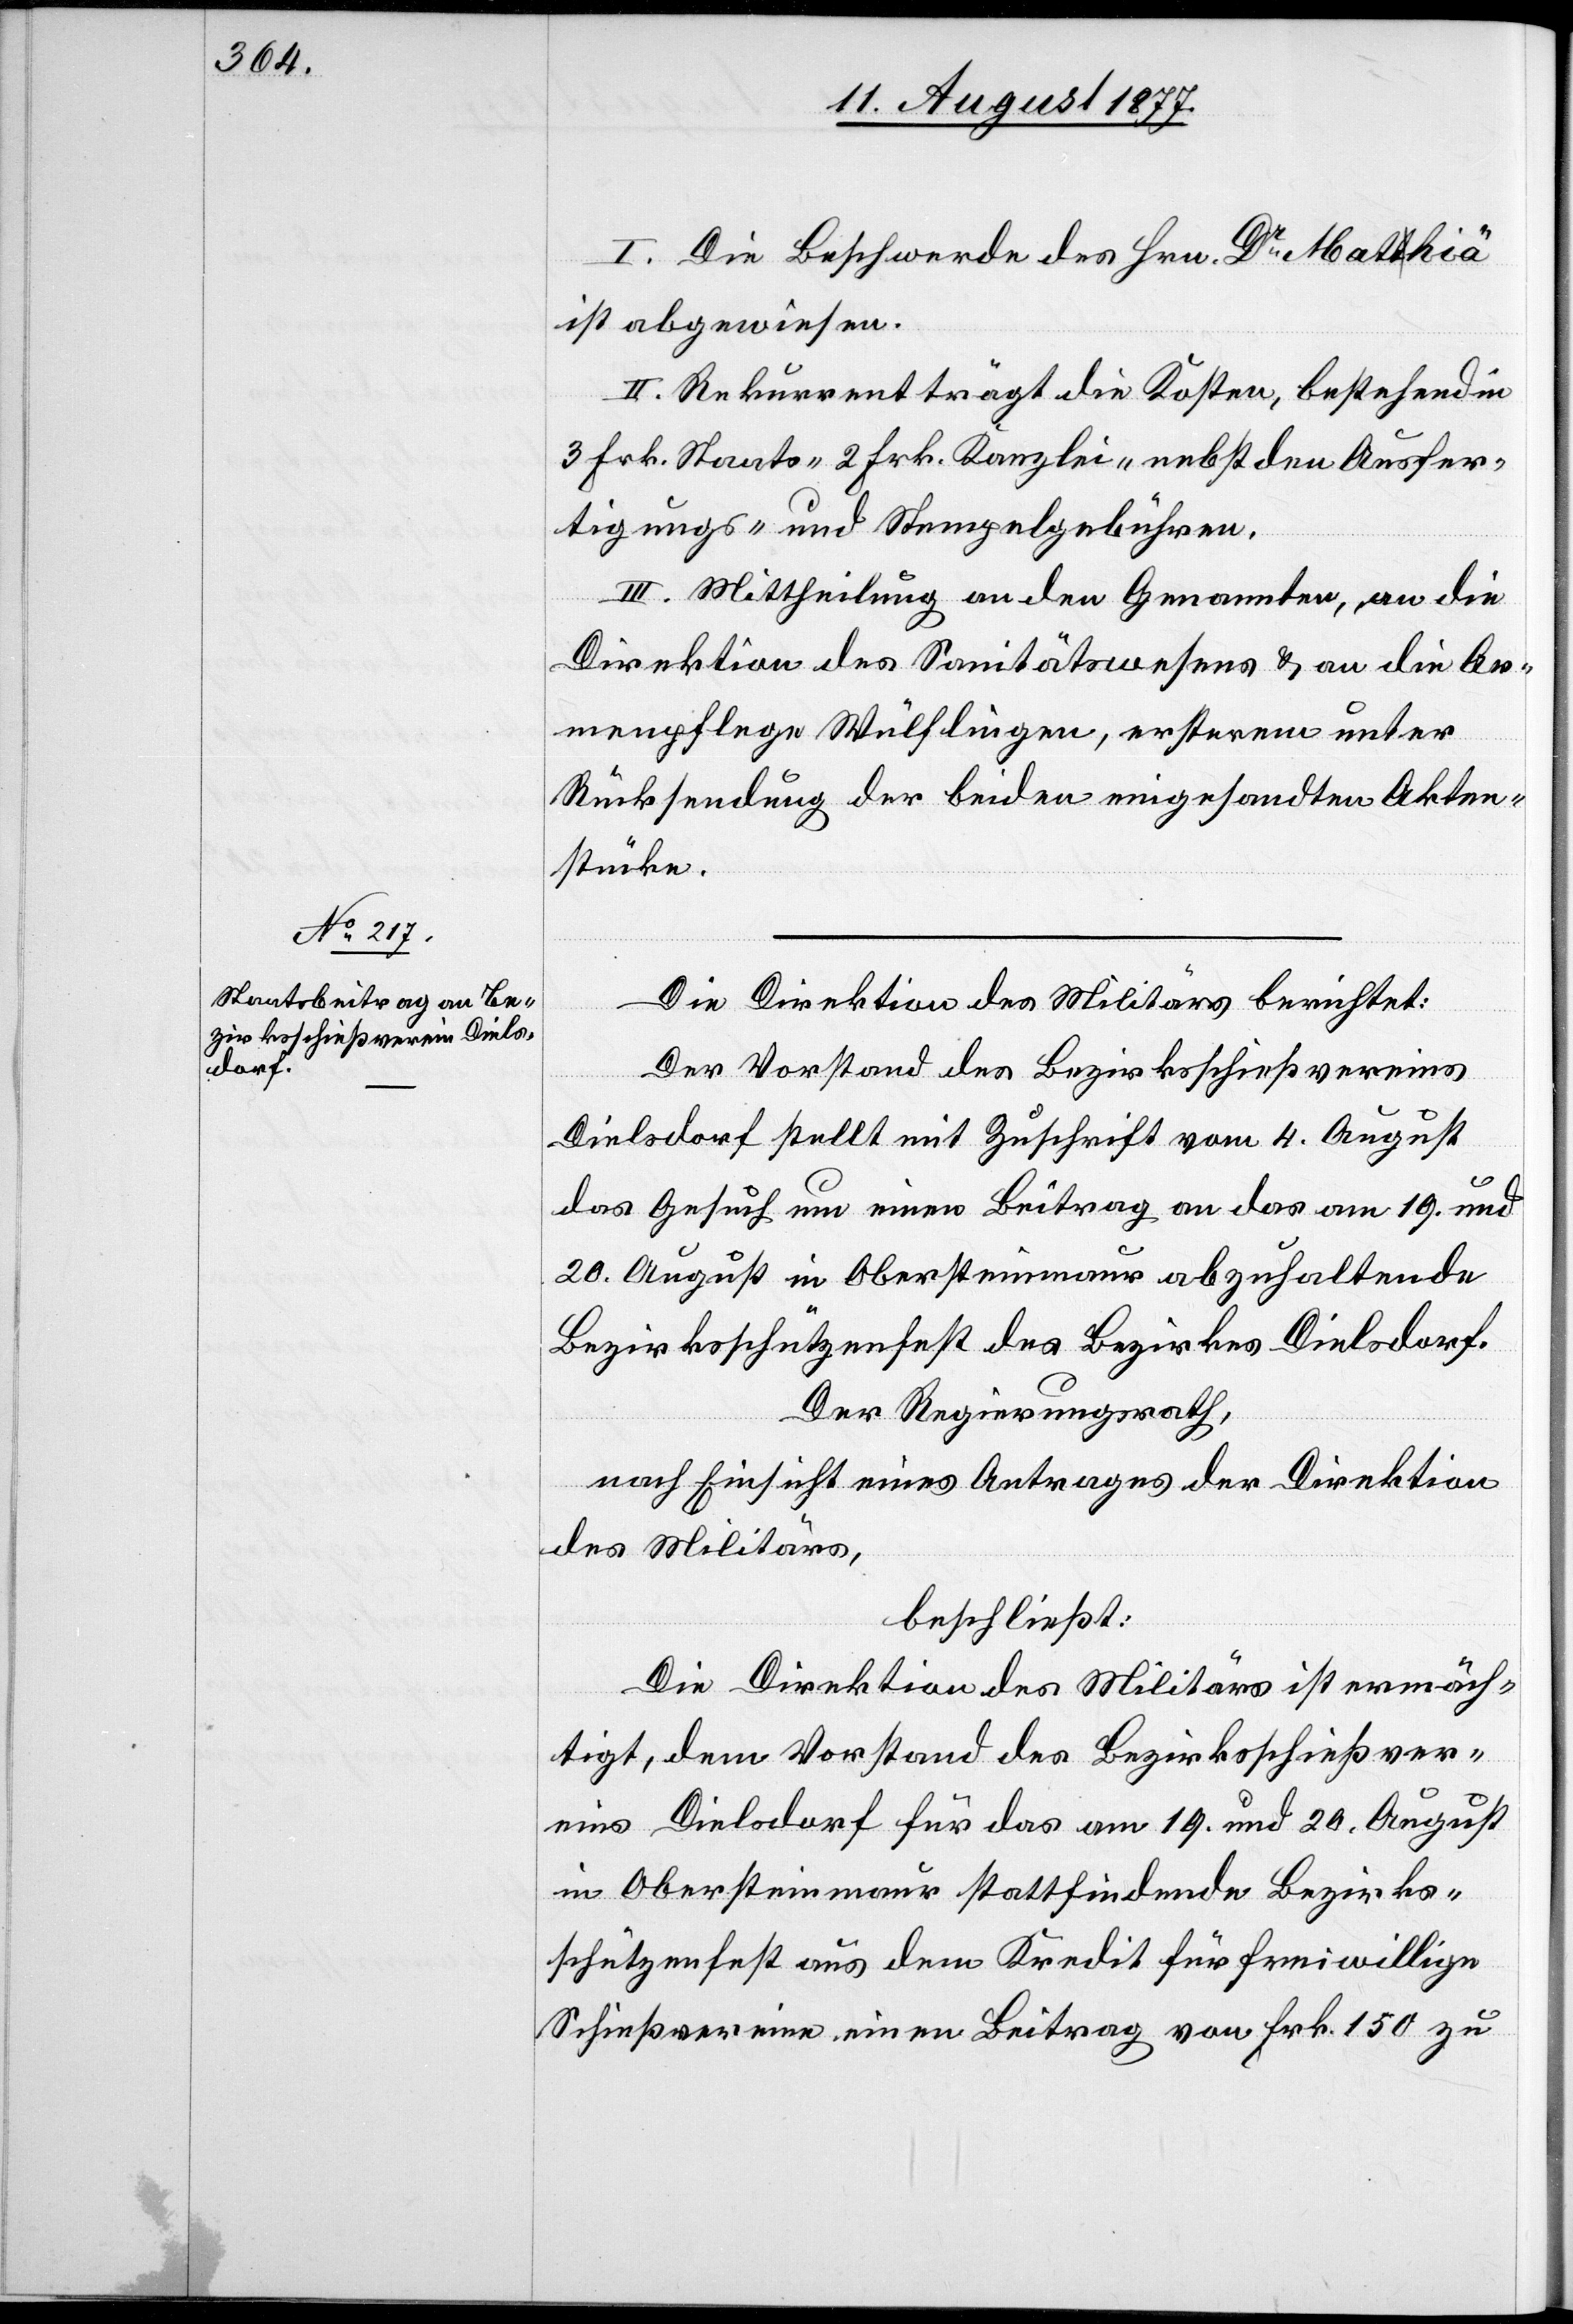
I. Die Beschwerde des Hrn. Dr Mathiä
ist abgewiesen.
II. Rekurrent trägt die Kosten, bestehend in
3 Frk. Staats-[,] 2 Frk. Kanzlei-[,] nebst den Ausfer¬
tigungs- und Stempelgebühren.
III. Mittheilung an den Genannten, an die
Direktion des Sanitätswesens & an die Ar¬
menpflege Wülflingen, ersterem unter
Rücksendung der beiden eingesandten Akten¬
stücke.
Die Direktion des Militärs berichtet:
Der Vorstand des Bezirksschießvereins
Dielsdorf stellt mit Zuschrift vom 4. August
das Gesuch um einen Beitrag an das am 19. und
20. August in Obersteinmaur abzuhaltende
Bezirksschützenfest des Bezirkes Dielsdorf.
Der Regierungsrath,
nach Einsicht eines Antrages der Direktion
des Militärs,
beschließt:
Die Direktion des Militärs ist ermäch¬
tigt, dem Vorstand des Bezirksschießver¬
eins Dielsdorf für das am 19. und 20. August
in Obersteinmaur stattfindende Bezirks¬
schützenfest aus dem Kredit für freiwillige
Schießvereine einen Beitrag von Frk. 150 zu